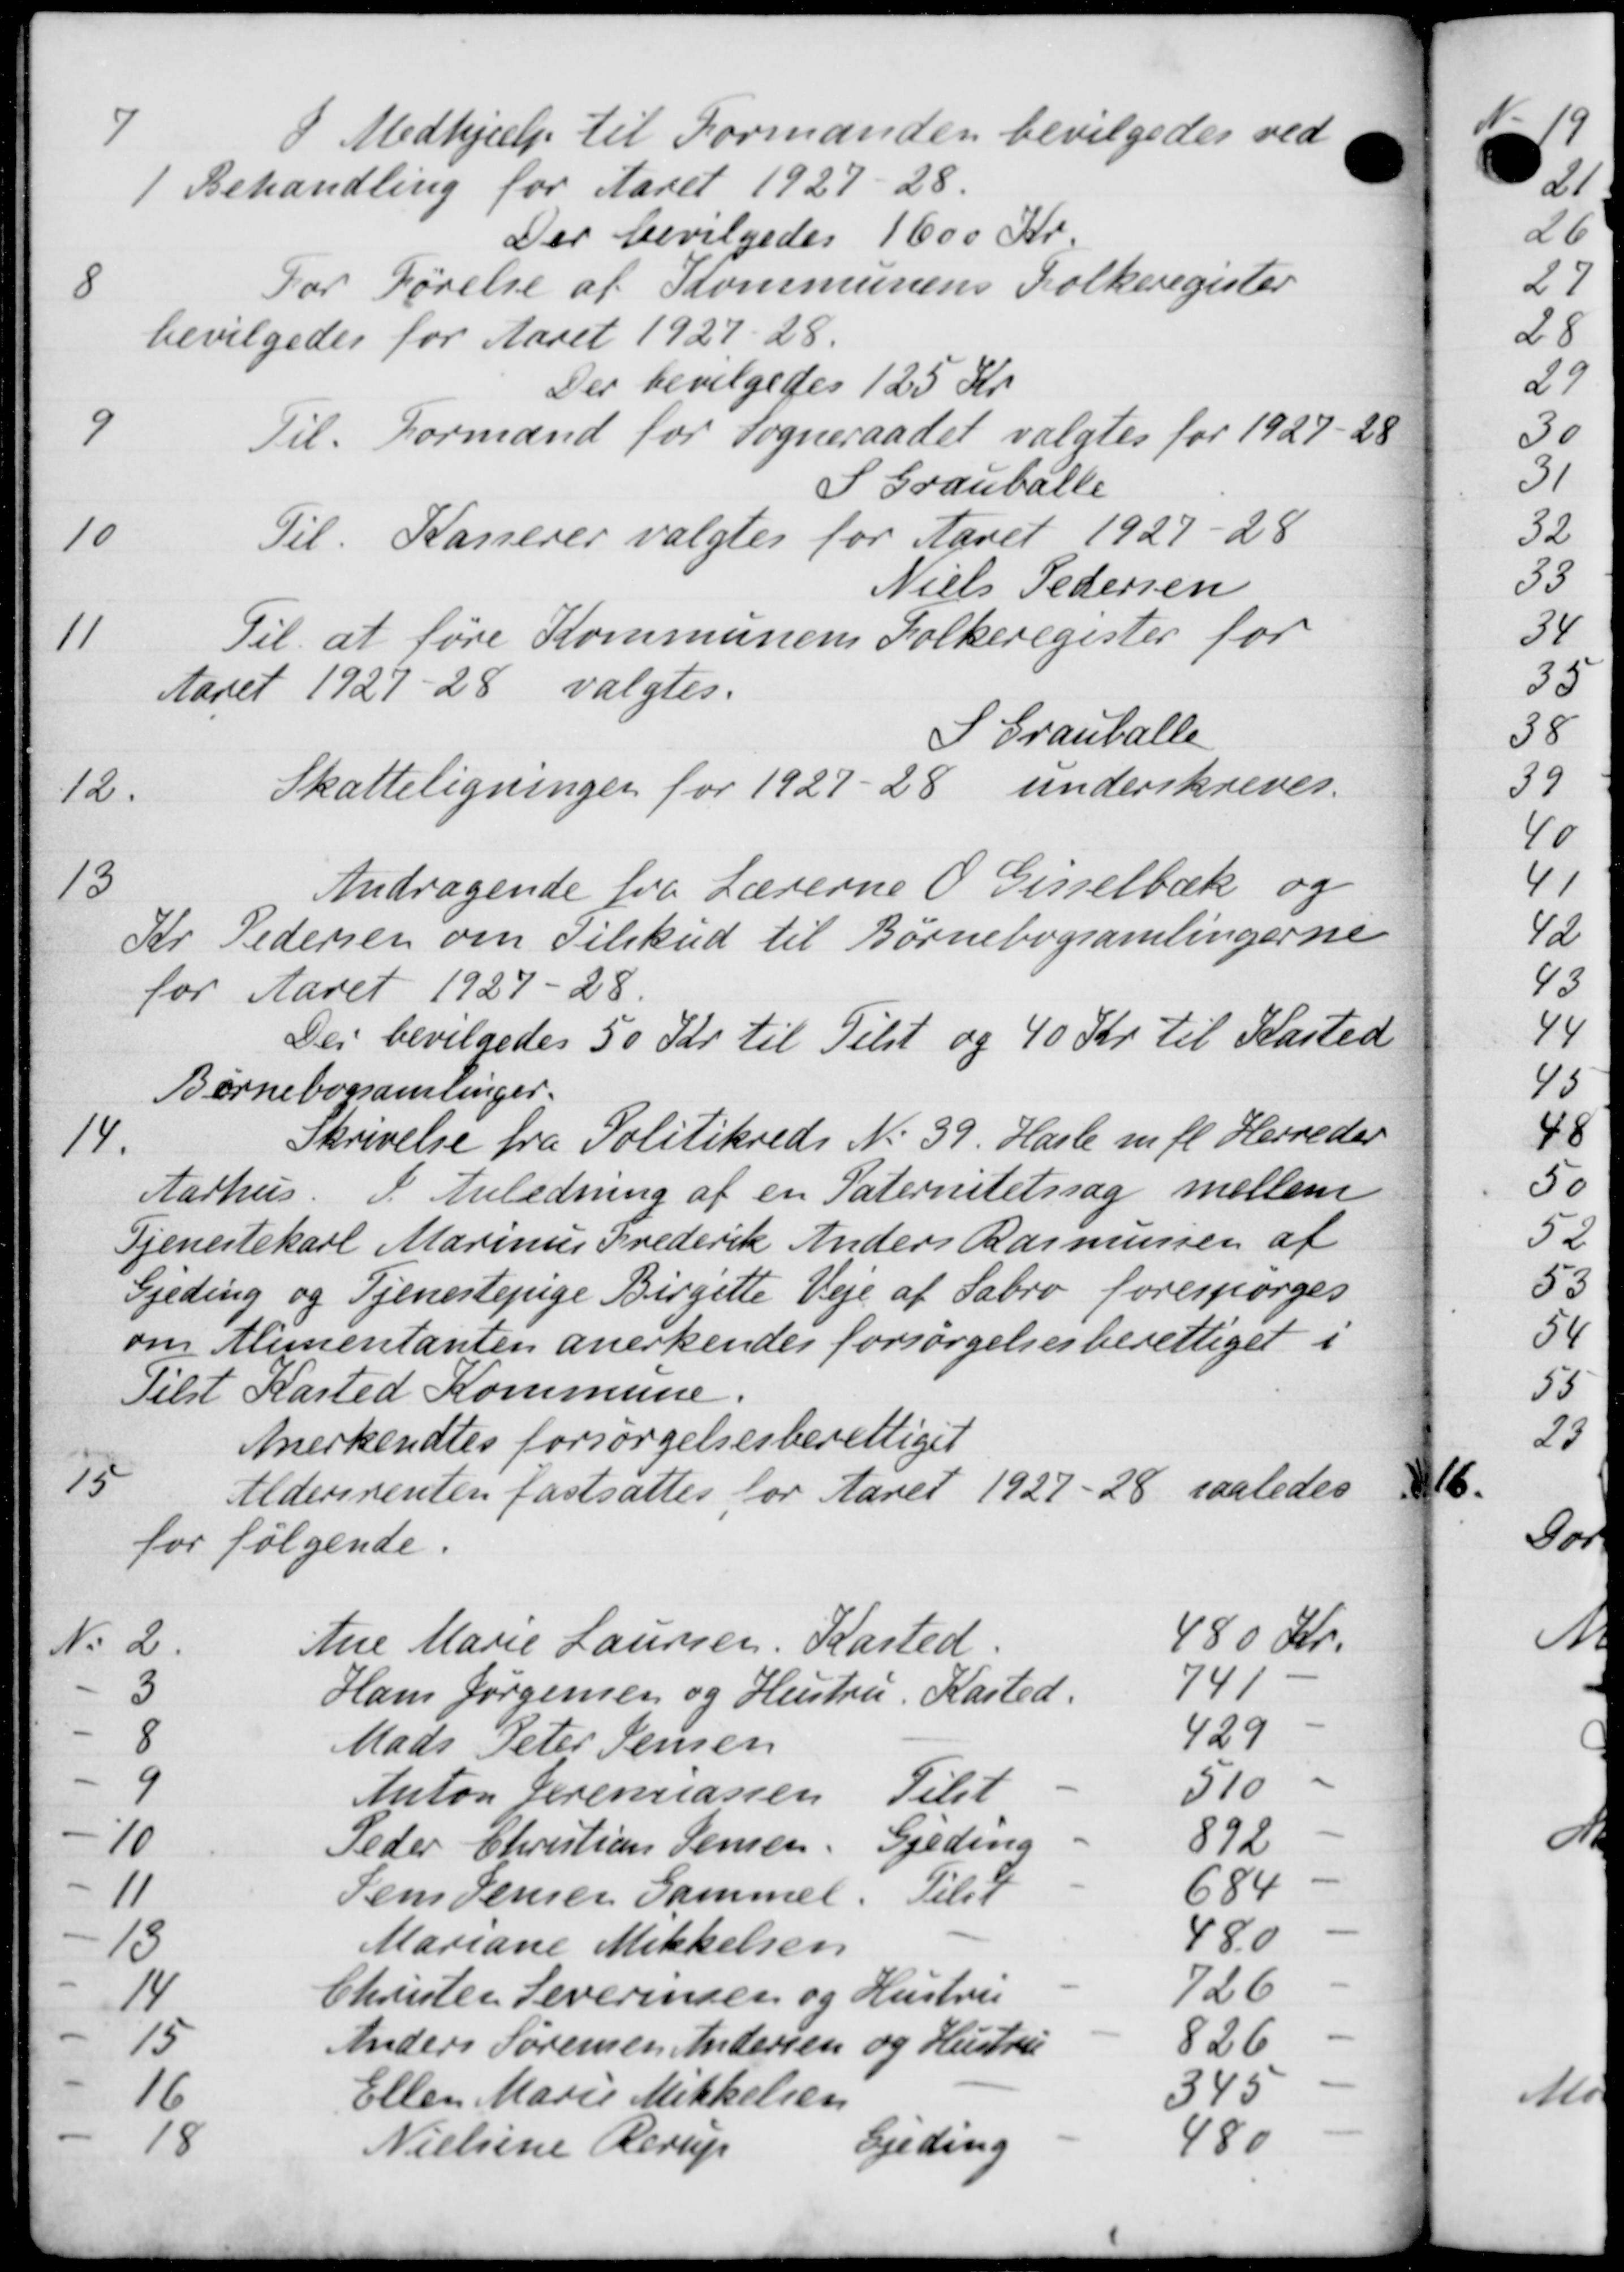
Transskription:
7.
I Medhjælp til Forman
1 Behandling for Aaret 1927-28.
Der bevilgedes 1600 Kr
8
For Førelse af Kommunens Folkeregister
bevilgedes for Aaret 1927-28.
Der bevilgedes 125 Kr.
9
Til Formand for Sogneraadet valgtes for 1927-28
S Grauballe
10
Til Kasserer valgtes for Aaret 1927-28
Niels Pedersen
11
Til at føre Kommunens Folkeregister for
Aaret 1927-28 valgtes.
S Grauballe
12.
Skatteligningen for 1927-28 underskreves.
13
Andragende fra Lærerne O Gisselbæk og
Kr Pedersen om Tilskud til Børnebogsamlingerne
for Aaret 1927-28.
Der bevilgedes 50 Kr. til Tilst og 40 Kr. til Kasted
Børnebogsamlinger.
14.
Skrivelse fra Politikreds No 39. Hasle m. fl. Herreder
Aarhus. I Anledning af en Paternitetssag mellem
Tjenestekarl Marinus Frederik Anders Rasmussen af
Gjeding og Tjenestepige Birgette Veje af Sabro forespørges
om Alimentanten anerkendes forsørgelsesberettiget i
Tilst Kasted Kommune.
Anerkendtes forsørgelsesberettiget
15
Aldersrenten fastsattes for Aaret 1927-28 saaledes
for følgende.
N: 2.
Ane Marie Laursen, Kasted
480 Kr.
3
Hans Jørgensen og Hustru Kasted.
741
8
Mads Peter Jensen
429
9
Anton Jeremiassen Tulst
510
10
Peder Christian Jensen Gjeding
892
11
Sem Jensen Sammel Tilsk
684
15.
Mariane Mikkelsen
48.0
14
Christen Leverinsen og Hustru
726
15
Anders Sørensen Andersen og Hustru
826
16
Ellen Marie Mikkelsen
345
18
Nielsine Rerup Sjiding
480